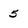
Character: 5